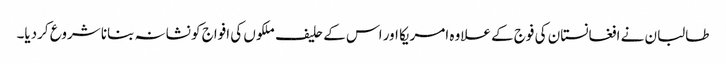
طالبان نے افغانستان کی فوج کے علاوہ امریکا اور اس کے حلیف ملکوں کی افواج کو نشانہ بنانا شروع کردیا۔